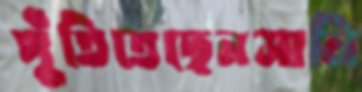
পুঁতিতেছেনসালি